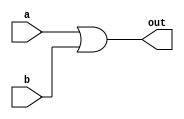
`timescale 1ns / 1ps
//////////////////////////////////////////////////////////////////////////////////
// Company: 
// Engineer: 
// 
// Design Name: 
// Module Name: myor
// Project Name: 
// Target Devices: 
// Tool Versions: 
// Description: 
// 
// Dependencies: 
// 
// Revision:
// Revision 0.01 - File Created
// Additional Comments:
// 
//////////////////////////////////////////////////////////////////////////////////


module myor(a, b, out);
    input [31:0] a, b;
    output [31:0] out;
    
    assign out = a | b;
endmodule